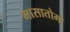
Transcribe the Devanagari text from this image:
मासातोमो